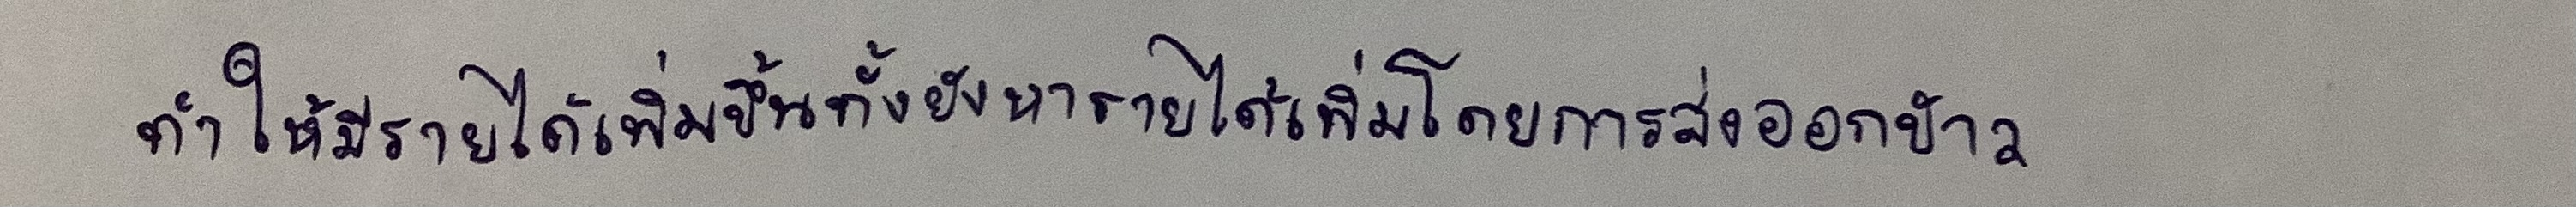
ทำให้มีรายได้เพิ่มขึ้นทั้งยังหารายได้เพิ่มโดยการเร่งส่งออกข้าว